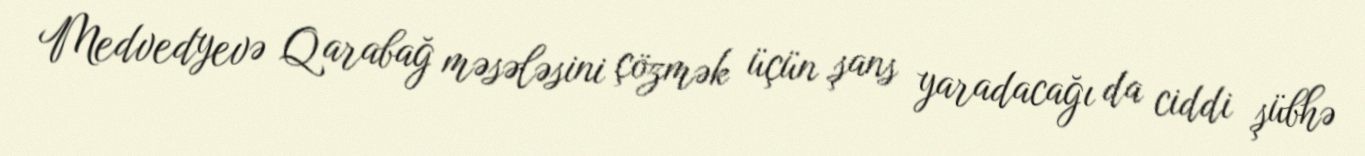
Medvedyevə Qarabağ məsələsini çözmək üçün şans yaradacağı da ciddi şübhə